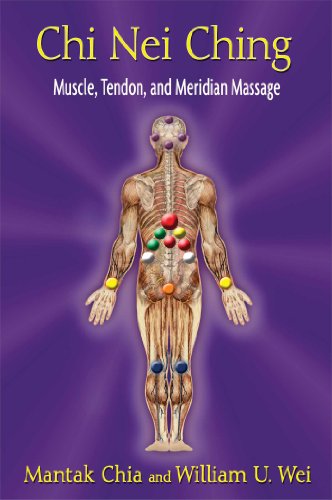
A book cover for Chi Nei Ching: Muscle, Tendon, and Meridian Massage; Mantak Chia; Health, Fitness & Dieting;